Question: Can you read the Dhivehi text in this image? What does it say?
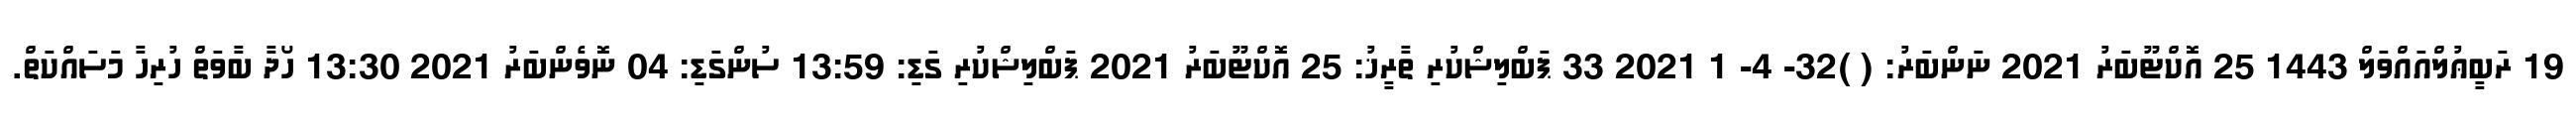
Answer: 19 ރަބީޢުލްއައްވަލް 1443 25 އޮކްޓޫބަރު 2021 ނަންބަރު: ( )32- 4- 1 2021 33 ޕަބްލިޝްކުރި ތާރީޚު: 25 އޮކްޓޫބަރު 2021 ޕަބްލިޝްކުރި ގަޑި: 13:59 ސުންގަޑި: 04 ނޮވެންބަރު 2021 13:30 ހޯދާ ބާވަތް ހުރިހާ މަސައްކަތް.